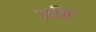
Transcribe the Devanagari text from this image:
र्डाह